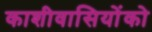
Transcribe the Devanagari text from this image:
काशीवासियोंको